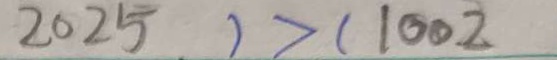
2 0 2 5 ) > ( 1 0 0 2